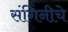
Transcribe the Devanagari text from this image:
संगिनीचे